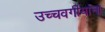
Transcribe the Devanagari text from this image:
उच्चवर्गीयांना